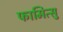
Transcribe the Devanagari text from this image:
फामित्सु